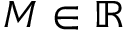
M \in \mathbb { R }